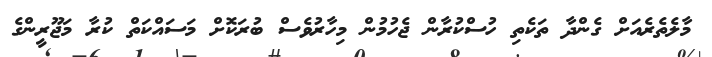
މާލެތެރެއަށް ގެންދާ ތަކެތި ހުސްކުރާން ޖެހުމުން މިހާރުވެސް ބުރަކޮށް މަސައްކަތް ކުރާ މަޖޫރީންގެ